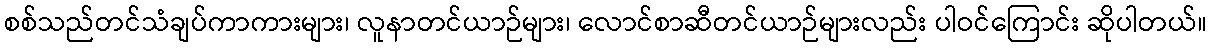
စစ်သည်တင်သံချပ်ကာကားများ၊ လူနာတင်ယာဉ်များ၊ လောင်စာဆီတင်ယာဉ်များလည်း ပါဝင်ကြောင်း ဆိုပါတယ်။